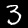
Label: 3